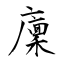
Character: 廩